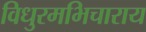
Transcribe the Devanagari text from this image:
विधुरमभिचाराय